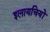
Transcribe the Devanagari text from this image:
इलायचियों